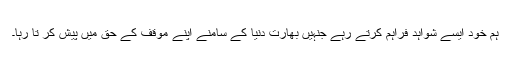
ہم خود ایسے شواہد فراہم کرتے رہے جنہیں بھارت دنیا کے سامنے اپنے موقف کے حق میں پیش کر تا رہا۔